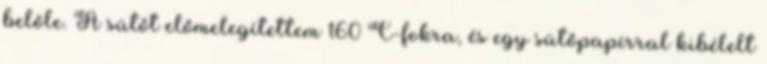
belőle. A sütőt előmelegítettem 160°C-fokra, és egy sütőpapírral kibélelt